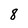
Character: 8